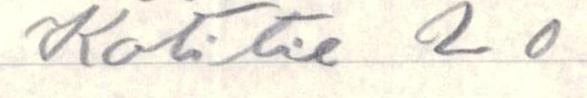
Kotitie 20